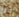
بيرز